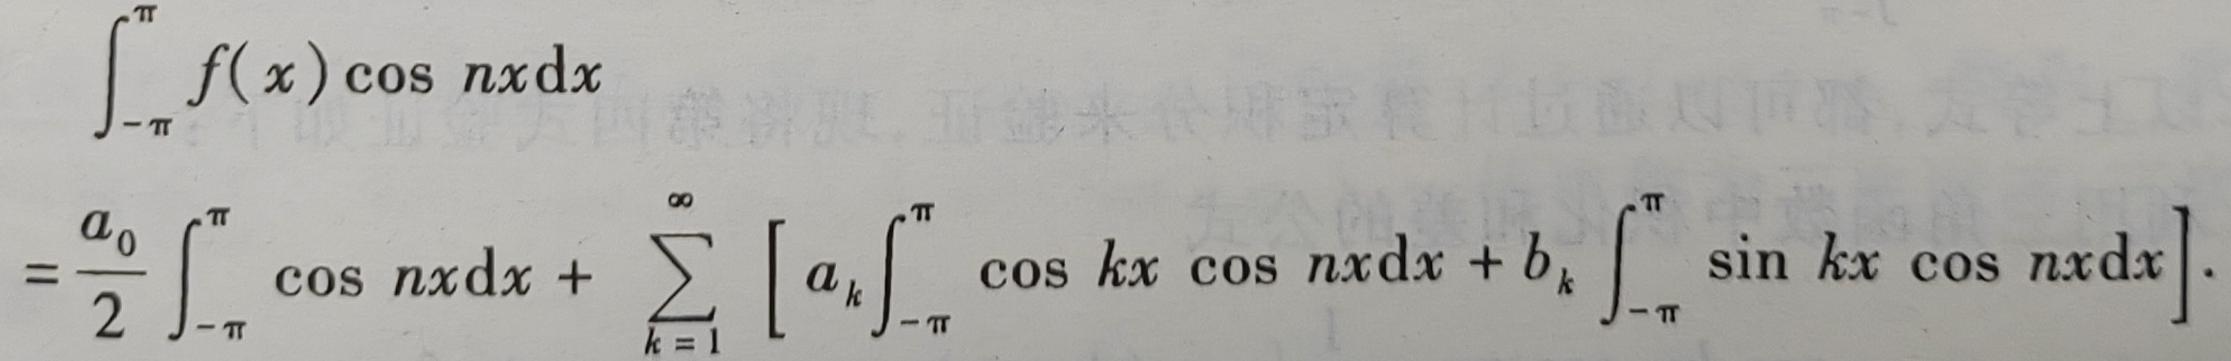
\[
\begin{align*}
&\int_{-\pi}^{\pi}f(x)\cos nx\mathrm{d}x\\
=&\frac{a_0}{2}\int_{-\pi}^{\pi}\cos nx\mathrm{d}x+\sum_{k = 1}^{\infty}\left[a_k\int_{-\pi}^{\pi}\cos kx\cos nx\mathrm{d}x + b_k\int_{-\pi}^{\pi}\sin kx\cos nx\mathrm{d}x\right]
\end{align*}
\]